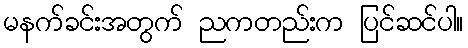
မနက်ခင်းအတွက် ညကတည်းက ပြင်ဆင်ပါ။